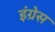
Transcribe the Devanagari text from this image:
इंग्रेस